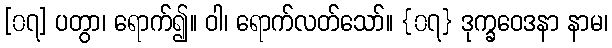
[၀၇] ပတွာ၊ ရောက်၍။ ဝါ၊ ရောက်လတ်သော်။ {၀၇} ဒုက္ခဝေဒနာ နာမ၊